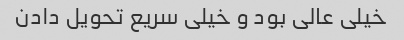
خیلی عالی بود و خیلی سریع تحویل دادن